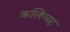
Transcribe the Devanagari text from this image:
कलिप्पाटु